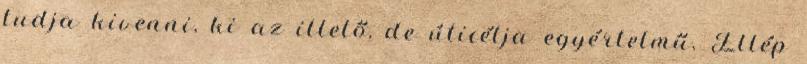
tudja kivenni, ki az illető, de úticélja egyértelmű. Ellép